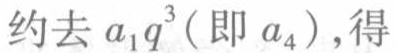
约去\(a_{1}q^{3}\)（即\(a_{4}\)）,得